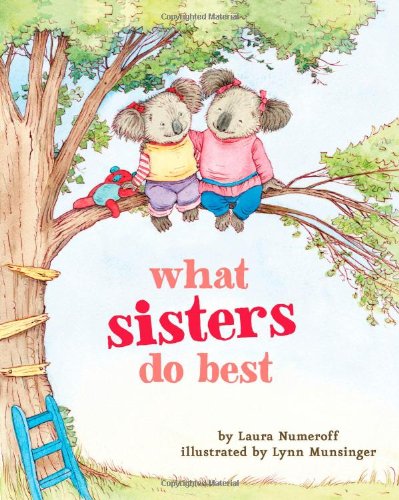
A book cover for What Sisters Do Best; Laura Numeroff; Children's Books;